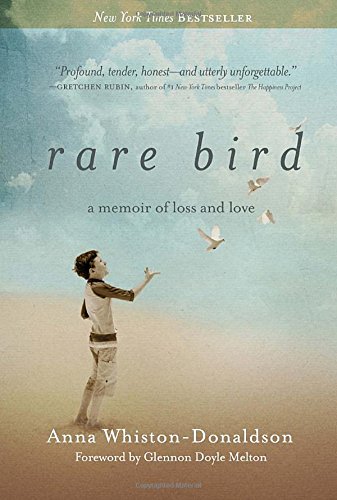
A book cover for Rare Bird: A Memoir of Loss and Love; Anna Whiston-Donaldson; Christian Books & Bibles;